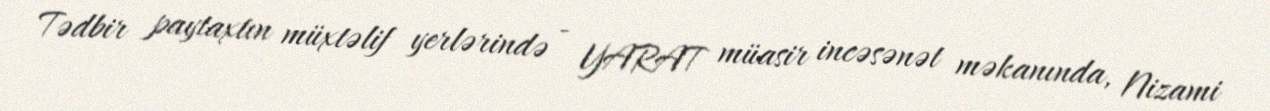
Tədbir paytaxtın müxtəlif yerlərində - YARAT müasir incəsənət məkanında, Nizami